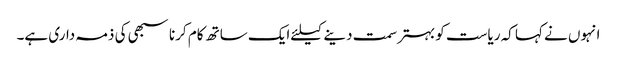
انہوں نے کہا کہ ریاست کو بہترسمت دینےکیلئےایک ساتھ کام کرنا سبھی کی ذمہ داری ہے۔